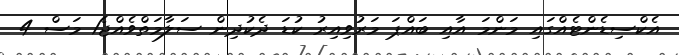
އެކްސިޑެންޓެއްގައި މަންމަ އާއި ބައްޕަ މަރުވިއިރު ކުޑަ ދެކުދިން ސަލާމަތްވެއްޖެ1 މަސް 4